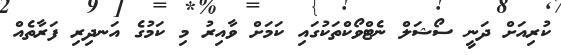
ކުރިއަށް ދަނީ ސޯޝަލް ނެޓްވޯކްތަކުގައި ކަމަށް ވާއިރު މި ކަމުގެ އަނދިރި ފަރާތެއް